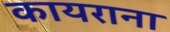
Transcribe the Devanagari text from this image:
कायराना